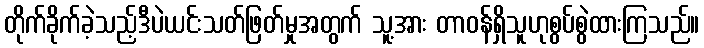
တိုက်ခိုက်ခဲ့သည့်ဒီပဲယင်းသတ်ဖြတ်မှုအတွက် သူ့အား တာဝန်ရှိသူဟုစွပ်စွဲထားကြသည်။